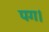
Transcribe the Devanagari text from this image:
पग।